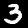
Digit: 3